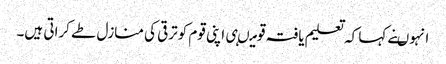
انہوںنے کہا کہ تعلیم یافتہ قومیںہی اپنی قوم کوترقی کی منازل طے کراتی ہیں۔